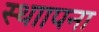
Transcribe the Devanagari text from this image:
स्थाापना